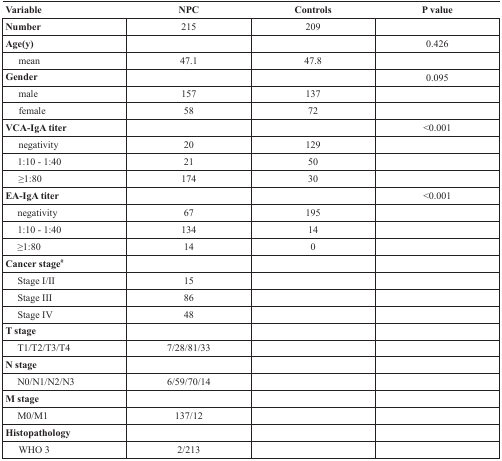
<table><thead><tr><td><b>Variable</b></td><td><b>NPC</b></td><td><b>Controls</b></td><td><b>P value</b></td></tr></thead><tbody><tr><td><b>Number</b></td><td>215</td><td>209</td><td></td></tr><tr><td><b>Age(y)</b></td><td></td><td></td><td>0.426</td></tr><tr><td> mean</td><td>47.1</td><td>47.8</td><td></td></tr><tr><td><b>Gender</b></td><td></td><td></td><td>0.095</td></tr><tr><td> male</td><td>157</td><td>137</td><td></td></tr><tr><td> female</td><td>58</td><td>72</td><td></td></tr><tr><td><b>VCA-IgA titer</b></td><td></td><td></td><td>&lt;0.001</td></tr><tr><td> negativity</td><td>20</td><td>129</td><td></td></tr><tr><td> 1:10 - 1:40</td><td>21</td><td>50</td><td></td></tr><tr><td> ≥1:80</td><td>174</td><td>30</td><td></td></tr><tr><td><b>EA-IgA titer</b></td><td></td><td></td><td>&lt;0.001</td></tr><tr><td> negativity</td><td>67</td><td>195</td><td></td></tr><tr><td> 1:10 - 1:40</td><td>134</td><td>14</td><td></td></tr><tr><td> ≥1:80</td><td>14</td><td>0</td><td></td></tr><tr><td><b>Cancer stage<sup>#</sup></b></td><td></td><td></td><td></td></tr><tr><td> Stage I/II</td><td>15</td><td></td><td></td></tr><tr><td> Stage III</td><td>86</td><td></td><td></td></tr><tr><td> Stage IV</td><td>48</td><td></td><td></td></tr><tr><td><b>T stage</b></td><td></td><td></td><td></td></tr><tr><td> T1/T2/T3/T4</td><td>7/28/81/33</td><td></td><td></td></tr><tr><td><b>N stage</b></td><td></td><td></td><td></td></tr><tr><td> N0/N1/N2/N3</td><td>6/59/70/14</td><td></td><td></td></tr><tr><td><b>M stage</b></td><td></td><td></td><td></td></tr><tr><td> M0/M1</td><td>137/12</td><td></td><td></td></tr><tr><td><b>Histopathology</b></td><td></td><td></td><td></td></tr><tr><td> WHO 3</td><td>2/213</td><td></td><td></td></tr></tbody></table>